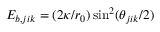
E _ { b , j i k } = ( 2 \kappa / r _ { 0 } ) \sin ^ { 2 } ( \theta _ { j i k } / 2 )